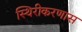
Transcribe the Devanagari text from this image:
स्थिरीकरणास